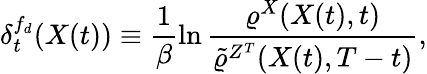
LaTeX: \delta_{t}^{f_{d}}(X(t))\equiv\frac{1}{\beta}\ln\frac{\varrho^{X}(X(t),t)}{\tilde{\varrho}^{Z^{T}}(X(t),T-t)},